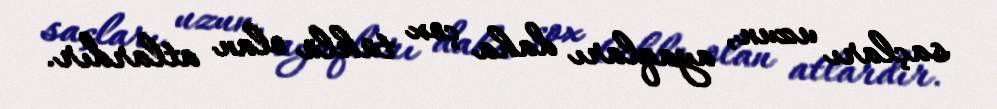
saçları uzun, ayaqları daha çox tüklü olan atlardır.